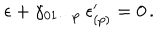
\epsilon + \gamma _ { 0 1 \cdots p } \ \epsilon _ { ( p ) } ^ { \prime } = 0 \, .